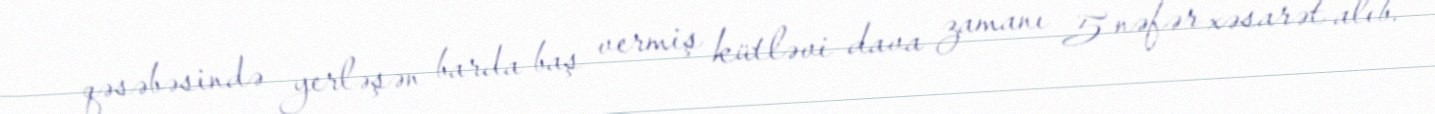
qəsəbəsində yerləşən barda baş vermiş kütləvi dava zamanı 5 nəfər xəsarət alıb.